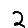
Digit: 2